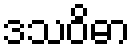
ဒသဝိဓာ